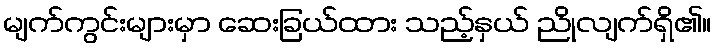
မျက်ကွင်းများမှာ ဆေးခြယ်ထား သည့်နှယ် ညိုလျက်ရှိ၏။